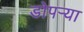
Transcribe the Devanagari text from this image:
डोपर्‍या